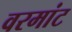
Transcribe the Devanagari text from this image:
वरमांट